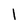
Character: l